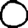
Digit: 0